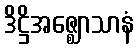
ဒိဋ္ဌိအဇ္ဈောသာနံ